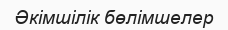
Әкімшілік бөлімшелер